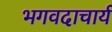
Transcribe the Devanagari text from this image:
भगवदाचार्य